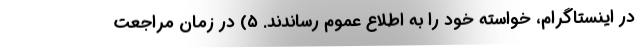
در اینستاگرام، خواسته خود را به اطلاع عموم رساندند. ۵) در زمان مراجعت